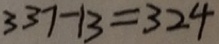
3 3 7 - 1 3 = 3 2 4